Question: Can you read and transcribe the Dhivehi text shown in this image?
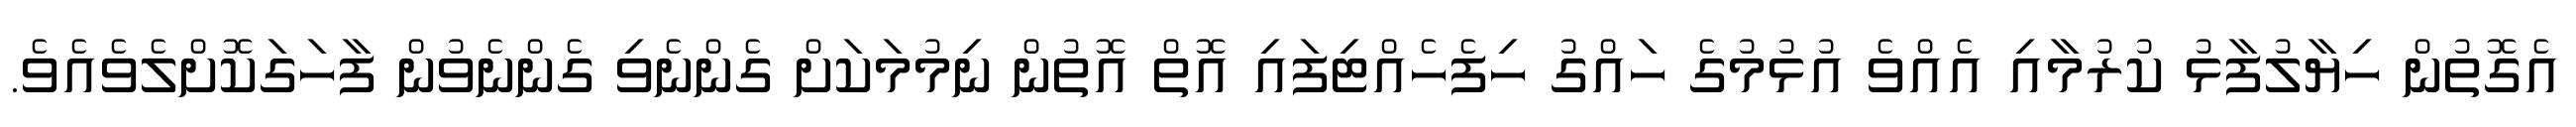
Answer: އެގޮތުން ހިޔާލުފާޅު ކުރުމާއި އެއްވެ އުޅުމުގެ ހައްގު ހިފެހެއްޓިފައި އޮތް އޮތުން ނިމުމަކަށް ގެންނެވި ގެންނެވުން ފާހަގަކޮށްލެވެއެވެ.